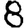
Digit: 8